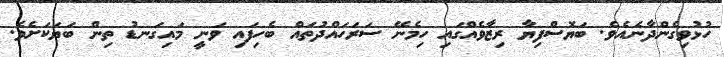
ހުޅުވިގެންދާނެއެވެ. ބަޔޮސްފިޔާ ރިޒާވެއްގައި ހިމެނޭ ސަރަހައްދުތައް ބެހިފައި ވަނީ މައިގަނޑު ތިން ބަޔަކަށެވެ.